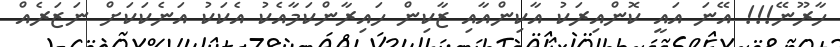
ހާރޫނޭ!!! އޭނަ އައީ ކޮންއިރަކު އާކިންއާއި ޒާކިން ހައިރާންކަމާއެކު އެކަކު އަނެކަކަށް ނަޒަރެއް